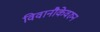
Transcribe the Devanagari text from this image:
विवानौकेवरुन